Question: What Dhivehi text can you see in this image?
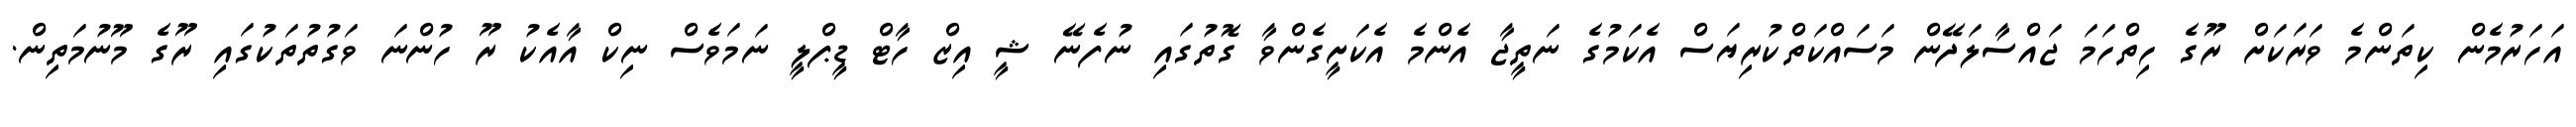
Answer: އަހަރުމެން ކިތަންމެ ވަރަކަށް ރޫގެ ހިތްހަމަ ޖައްސާލަދޭން މަސައްކަތްކުރިޔަސް އެކަމުގެ ނަތީޖާ އެންމެ އެކަށީގެންވާ ގޮތުގައި ނުފެނޭ ޝީ އިޒް ހާޓް ޑީޕްލީ ނަމަވެސް ނިކް އާއެކު ރޫ ހުންނަ ވަގުތުތަކުގައި ރޫގެ މޫނުމަތިން.